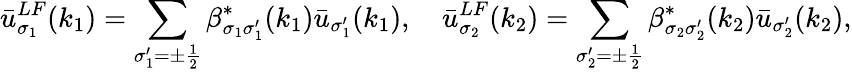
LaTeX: \bar{u}_{\sigma_{1}}^{LF}(k_{1})=\sum_{\sigma_{1}^{\prime}=\pm\frac{1}{2}}\beta_{\sigma_{1}\sigma_{1}^{\prime}}^{*}(k_{1})\bar{u}_{\sigma_{1}^{\prime}}(k_{1}),\quad\bar{u}_{\sigma_{2}}^{LF}(k_{2})=\sum_{\sigma_{2}^{\prime}=\pm\frac{1}{2}}\beta_{\sigma_{2}\sigma_{2}^{\prime}}^{*}(k_{2})\bar{u}_{\sigma_{2}^{\prime}}(k_{2}),